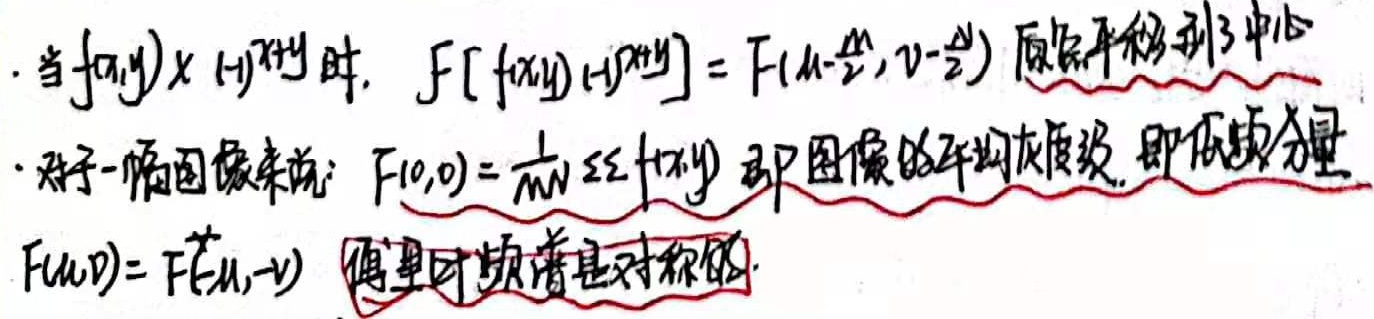
- 当\(f(x,y)\times(-1)^{x + y}\)时, \(F\left[f(x,y)(-1)^{x + y}\right]=F\left(u-\frac{M}{2},v - \frac{N}{2}\right)\) 原频平移到了中心
- 对于一幅图像来说: \(F(0,0)=\frac{1}{MN}\sum\sum f(x,y)\) 即图像的平均灰度级, 即低频分量
\(F(u,v)=F^*(-u,-v)\) 傅里叶频谱是对称的